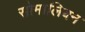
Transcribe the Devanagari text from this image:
सोमालियन